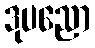
ဒုပညော